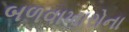
બળવાખારોના